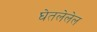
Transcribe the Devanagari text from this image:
घेतलेलेल